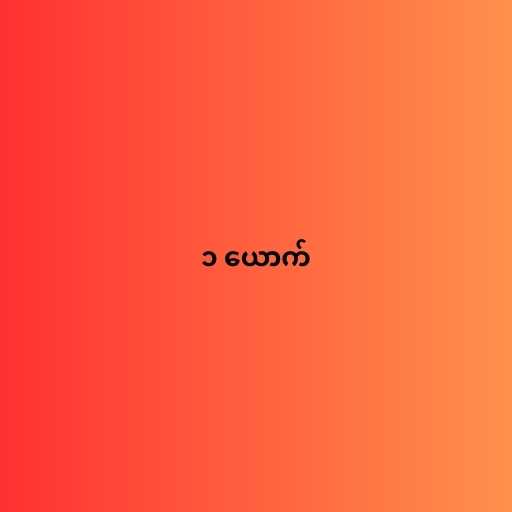
၁ ယောက်